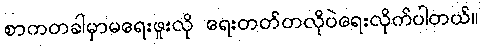
စာကတခါမှာမရေးဖူးလို ရေးတတ်တလိုပဲရေးလိုက်ပါတယ်။